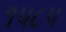
૧૫૮૫